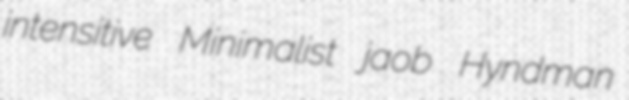
intensitive Minimalist jaob Hyndman